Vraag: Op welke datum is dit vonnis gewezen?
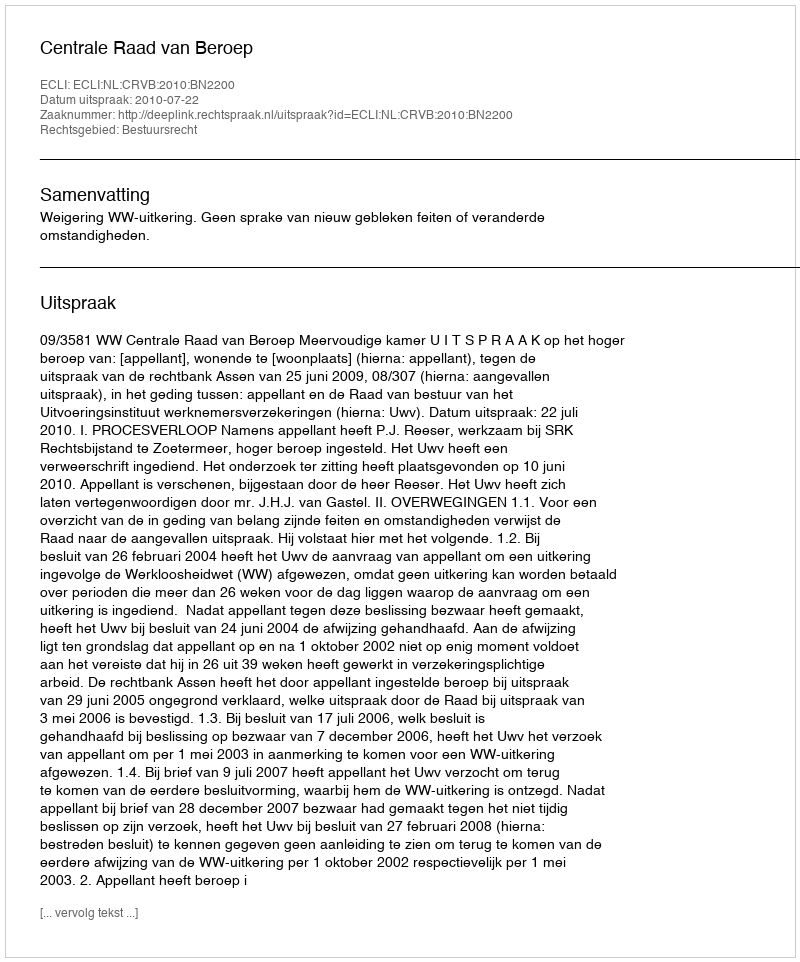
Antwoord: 2010-07-22